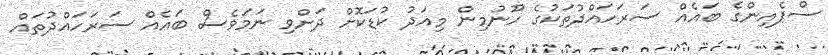
ސްޕެއިންގެ ބައެއް ސަރަހައްދުތަކުގެ ހޫނުމިން މިއަދު ކުޑަކޮށް ދަށްވި ނަމަވެސް ބައެއް ސަރަހައްދުތައް